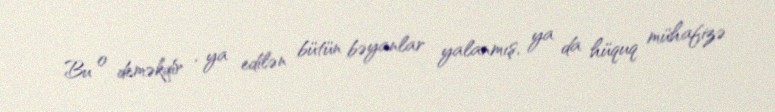
Bu o deməkdir , ya edilən bütün bəyanlar yalanmış, ya da hüquq mühafizə